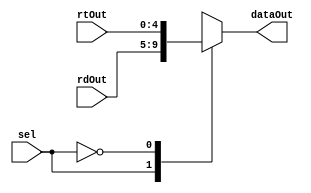
`timescale 1ns/1ns
module MUX21INST(
input [4:0] rtOut,rdOut,
input sel,
output reg [4:0] dataOut
);

always @(*)
begin
	case(sel)
		1'b1:
		begin
			dataOut = rdOut;
		end
		1'b0:
		begin
			dataOut = rtOut;
		end
	endcase
end
endmodule